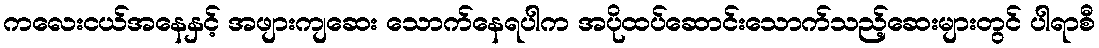
ကလေးငယ်အနေနှင့် အဖျားကျဆေး သောက်နေရပါက အပိုထပ်ဆောင်းသောက်သည့်ဆေးများတွင် ပါရာစီ